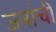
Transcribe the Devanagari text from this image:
जत्रांची